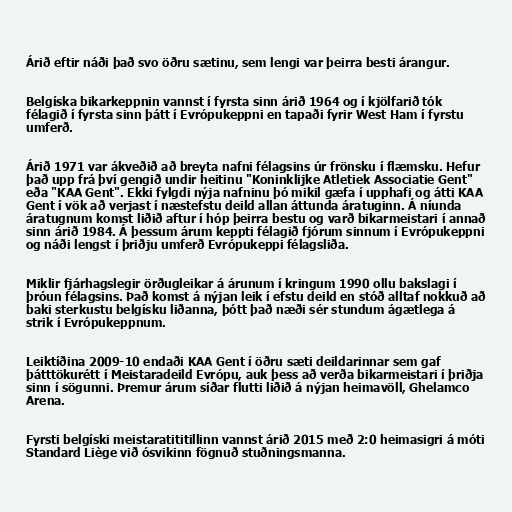
Árið eftir náði það svo öðru sætinu, sem lengi var þeirra besti árangur.

Belgíska bikarkeppnin vannst í fyrsta sinn árið 1964 og í kjölfarið tók
félagið í fyrsta sinn þátt í Evrópukeppni en tapaði fyrir West Ham í fyrstu
umferð.

Árið 1971 var ákveðið að breyta nafni félagsins úr frönsku í flæmsku. Hefur
það upp frá því gengið undir heitinu "Koninklijke Atletiek Associatie Gent"
eða "KAA Gent". Ekki fylgdi nýja nafninu þó mikil gæfa í upphafi og átti KAA
Gent í vök að verjast í næstefstu deild allan áttunda áratuginn. Á níunda
áratugnum komst liðið aftur í hóp þeirra bestu og varð bikarmeistari í annað
sinn árið 1984. Á þessum árum keppti félagið fjórum sinnum í Evrópukeppni
og náði lengst í þriðju umferð Evrópukeppi félagsliða.

Miklir fjárhagslegir örðugleikar á árunum í kringum 1990 ollu bakslagi í
þróun félagsins. Það komst á nýjan leik í efstu deild en stóð alltaf nokkuð að
baki sterkustu belgísku liðanna, þótt það næði sér stundum ágætlega á
strik í Evrópukeppnum.

Leiktíðina 2009-10 endaði KAA Gent í öðru sæti deildarinnar sem gaf
þátttökurétt í Meistaradeild Evrópu, auk þess að verða bikarmeistari í þriðja
sinn í sögunni. Þremur árum síðar flutti liðið á nýjan heimavöll, Ghelamco
Arena.

Fyrsti belgíski meistaratititillinn vannst árið 2015 með 2:0 heimasigri á móti
Standard Liège við ósvikinn fögnuð stuðningsmanna.